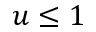
u \leq 1